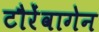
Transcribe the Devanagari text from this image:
टौरेंवागेन